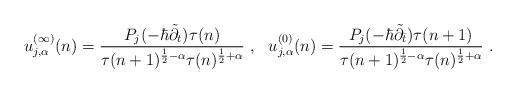
LaTeX: \begin{align*}u_{j,\alpha}^{(\infty)}(n)=\frac{P_j(-\hbar \tilde{\partial}_t)\tau(n)} {\tau(n+1)^{\frac{1}{2}-\alpha} \tau(n)^{\frac{1}{2}+\alpha}}~,~~u_{j,\alpha}^{(0)}(n)=\frac{P_j(-\hbar \tilde{\partial}_{\bar{t}})\tau(n+1)} {\tau(n+1)^{\frac{1}{2}-\alpha} \tau(n)^{\frac{1}{2}+\alpha}}~.\end{align*}